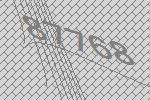
87768